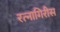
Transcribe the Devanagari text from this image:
रत्नागिरीस